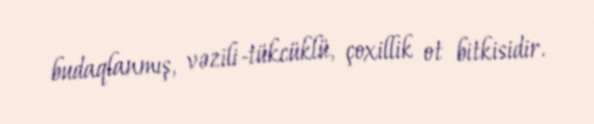
budaqlanmış, vəzili-tükcüklü, çoxillik ot bitkisidir.